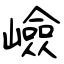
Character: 嶮